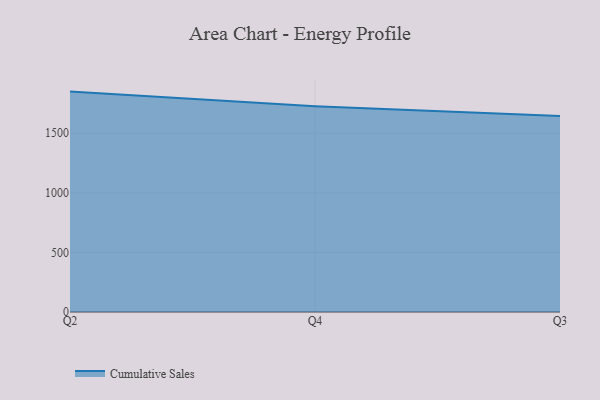
{"axis": {"x": "Quarter", "y": "Conversion Rate (%)"}, "legend": ["Cumulative Sales"], "data": [{"x": "Q2", "y": 1849.5, "type": "Cumulative Sales"}, {"x": "Q4", "y": 1727.5, "type": "Cumulative Sales"}, {"x": "Q3", "y": 1644.5, "type": "Cumulative Sales"}]}